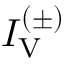
I _ { \mathrm { V } } ^ { ( \pm ) }